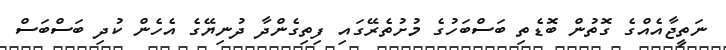
ނަތީޖާއެއްގެ ގޮތުން ބޮޑެތި ބަސްބަހުގެ މުށުތެރޭގައި ފިތިގެންދާ ދުނިޔޭގެ އެހެން ކުދި ބަސްބަސް